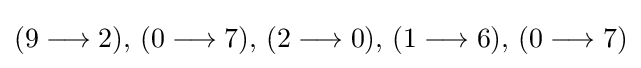
({9{}\mathrel {\longrightarrow } {}2}),\,({0{}\mathrel {\longrightarrow } {}7}),\,({2{}\mathrel {\longrightarrow } {}0}),\,({1{}\mathrel {\longrightarrow } {}6}),\,({0{}\mathrel {\longrightarrow } {}7})